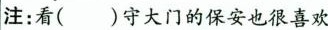
注：看( )守大门的保安也很喜欢